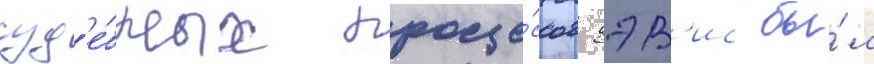
суд'е́бных проце́ссов дэв'ис бы́л